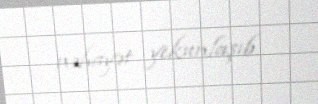
nəhayət yekunlaşıb.